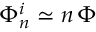
\Phi _ { n } ^ { i } \simeq n \, \Phi